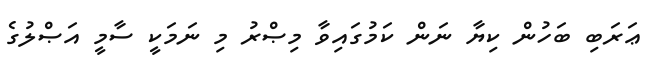
ޢަރަބި ބަހުން ކިޔާ ނަން ކަމުގައިވާ މިޞްރު މި ނަމަކީ ސާމީ އަޞްލުގެ